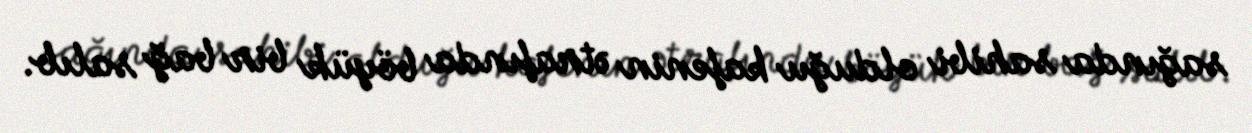
sağında sahibi olduğu kafenin ətrafında böyük bir bağ salıb.